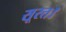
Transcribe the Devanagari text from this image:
सूरत।